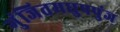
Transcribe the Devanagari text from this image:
गुंजितमधुपपुंज